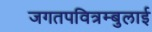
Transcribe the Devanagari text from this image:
जगतपवित्रम्बुलाई